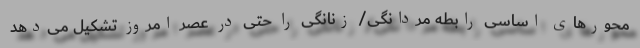
محورهای اساسی رابطهٔ مردانگی/ زنانگی را حتی در عصر امروز تشکیل می‌دهد